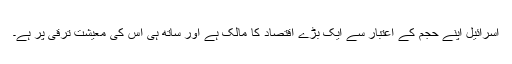
اسرائیل اپنے حجم کے اعتبار سے ایک بڑے اقتصاد کا مالک ہے اور ساتھ ہى اس کى معیشت ترقى پر ہے۔